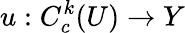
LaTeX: u:C_{c}^{k}(U)\to Y